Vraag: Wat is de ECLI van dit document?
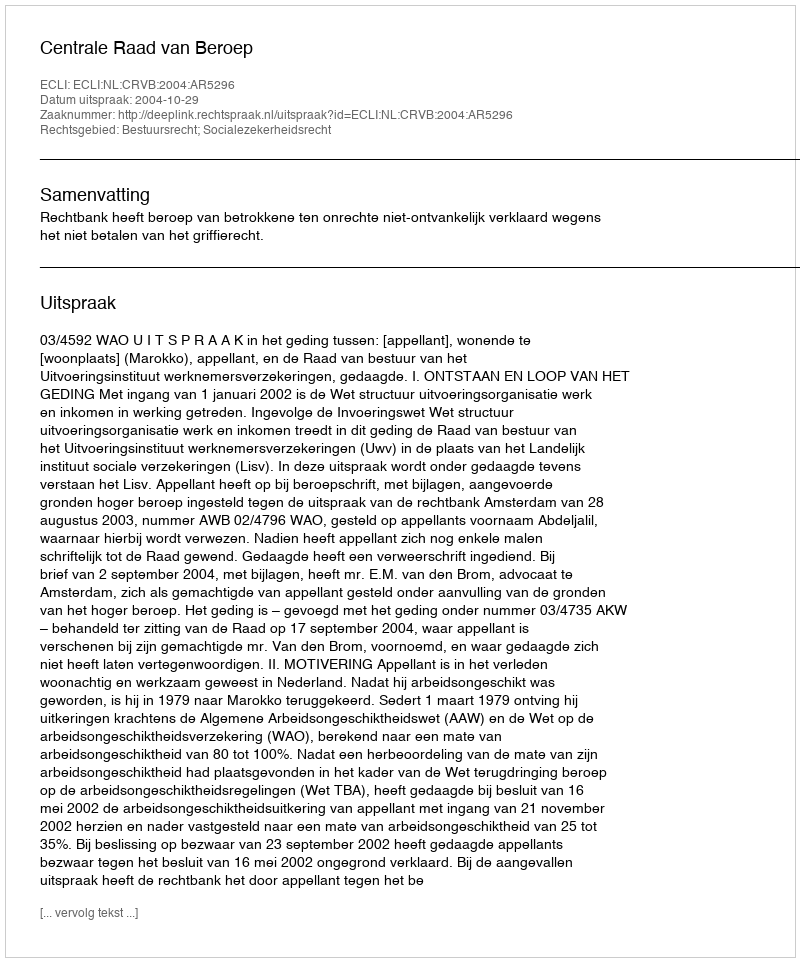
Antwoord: ECLI:NL:CRVB:2004:AR5296